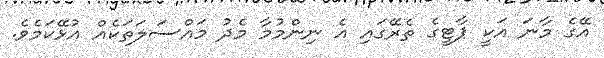
އޭގެ މާނަ އަކީ ޕާޓީގެ ތެރޭގައި އެ ނިންމުމާ މެދު މައްސަލަތަކެއް އުޅޭކަމެވެ.